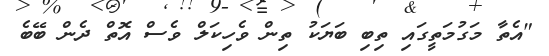
"އެތާ މަގުމަތީގައި ތިބި ބަޔަކު ތިން ވެހިކަލް ވެސް އޮތް ދެން ބޭބެ